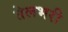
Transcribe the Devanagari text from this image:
तेलभरी